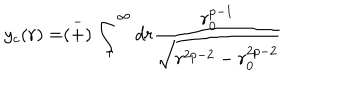
y _ { c } ( r ) = \stackrel { - } { ( + ) } \int _ { r } ^ { \infty } d r \frac { r _ { 0 } ^ { p - 1 } } { \sqrt { r ^ { 2 p - 2 } - r _ { 0 } ^ { 2 p - 2 } } }